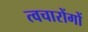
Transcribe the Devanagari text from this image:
त्वचारोंगों